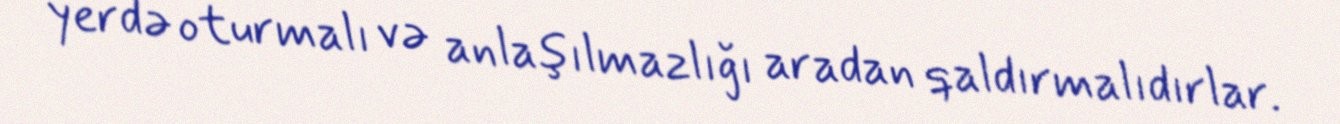
yerdə oturmalı və anlaşılmazlığı aradan qaldırmalıdırlar.